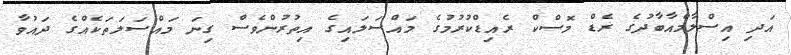
އަދި އިސްލާމްއާބާދުގެ ރެޑް މޮސްކް ރެއިޑްކުރުމުގެ މައްސަލައިގެ އިތުރުންވެސް ގިނަ މައްސަލަތަކެއްގެ ދައުވާ